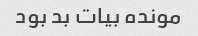
مونده بیات بد بود